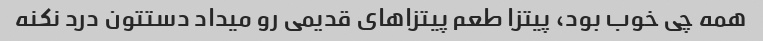
همه چی خوب بود، پیتزا طعم پیتزاهای قدیمی رو میداد دستتون درد نکنه